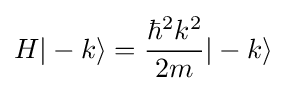
H|-k\rangle ={\frac {{\hbar ^{2}}{k^{2}}}{2m}}|-k\rangle